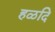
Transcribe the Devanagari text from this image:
हळदि